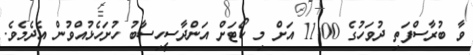
ވާ ބުރާސްފަތި ދުވަހުގެ 11:00 އަށް މި ކޯޓަށް އަންދާސީހިސާބު ހުށަހެޅުއްވުން އެދެމެވެ.